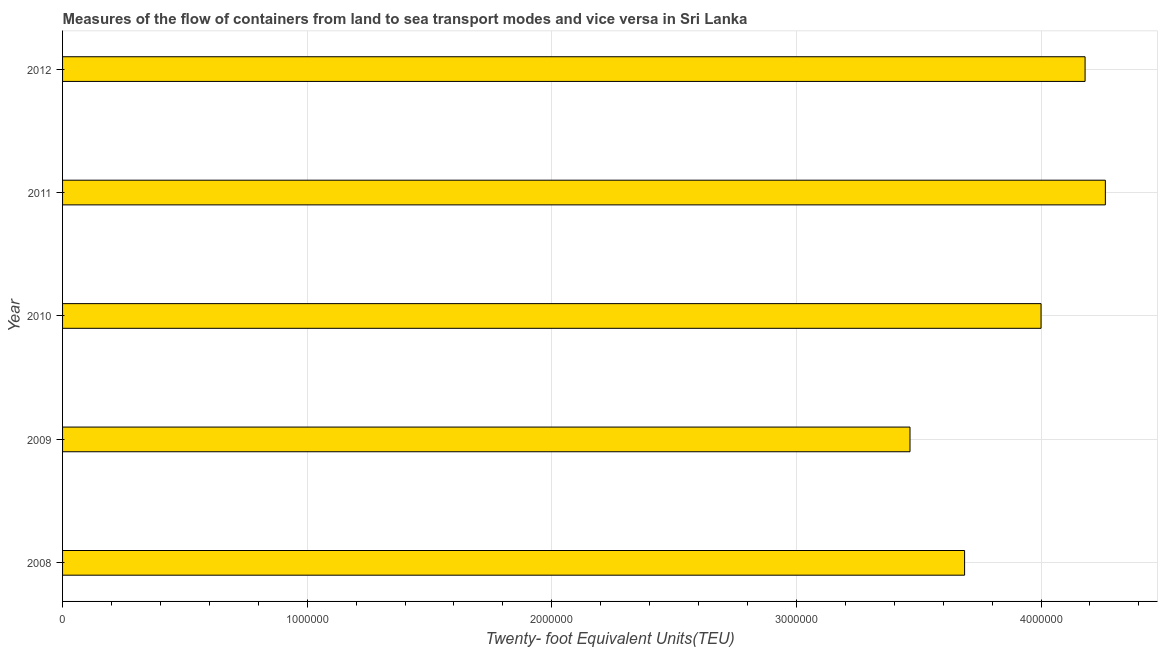
| Year | Container port traffic |
 | --- | --- |
 | 2008 | 3.69e+06 |
 | 2009 | 3.46e+06 |
 | 2010 | 4e+06 |
 | 2011 | 4.26e+06 |
 | 2012 | 4.18e+06 |